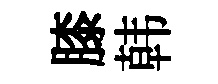
膝韩